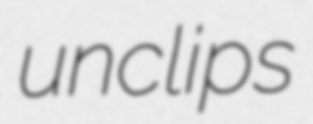
unclips